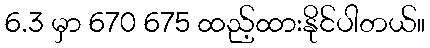
6.3 မှာ 670 675 ထည့်ထားနိုင်ပါတယ်။